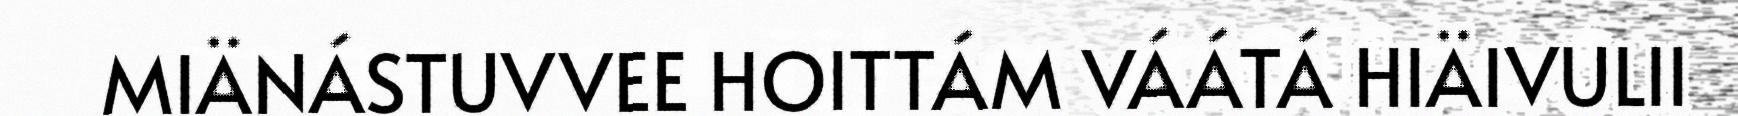
MIÄNÁSTUVVEE HOITTÁM VÁÁTÁ HIÄIVULII